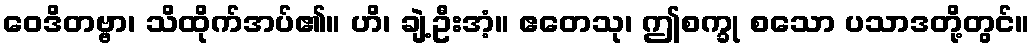
ဝေဒိတဗ္ဗာ၊ သိထိုက်အပ်၏။ ဟိ၊ ချဲ့ဦးအံ့။ ဧတေသု၊ ဤစက္ခု စသော ပသာဒတို့တွင်။